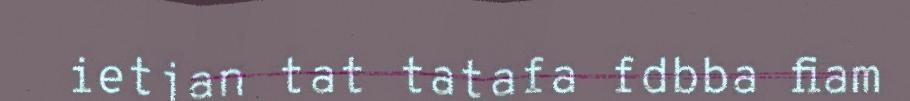
ietjan tat tatafa fdbba fiam